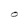
Character: O